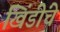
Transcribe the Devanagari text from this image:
खिंडींचे